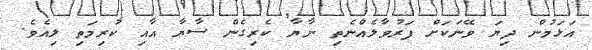
އަޅަމުން ދިޔަ ވޭނަކަށް ފަރުވާލެއްނެތި ނާޔާ ކެރިގެން ސާޔާ އާއި ކުރިމަތި ލިއެވެ.